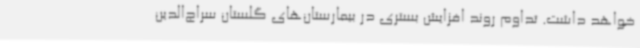
خواهد داشت. تداوم روند افزایش بستری در بیمارستان‌های گلستان سراج‌الدین